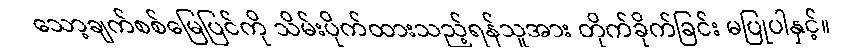
သော့ချက်စစ်မြေပြင်ကို သိမ်းပိုက်ထားသည့်ရန်သူအား တိုက်ခိုက်ခြင်း မပြုပါနှင့်။